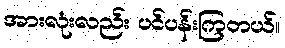
အားလုံးလည်း ပင်ပန်းကြတယ်။